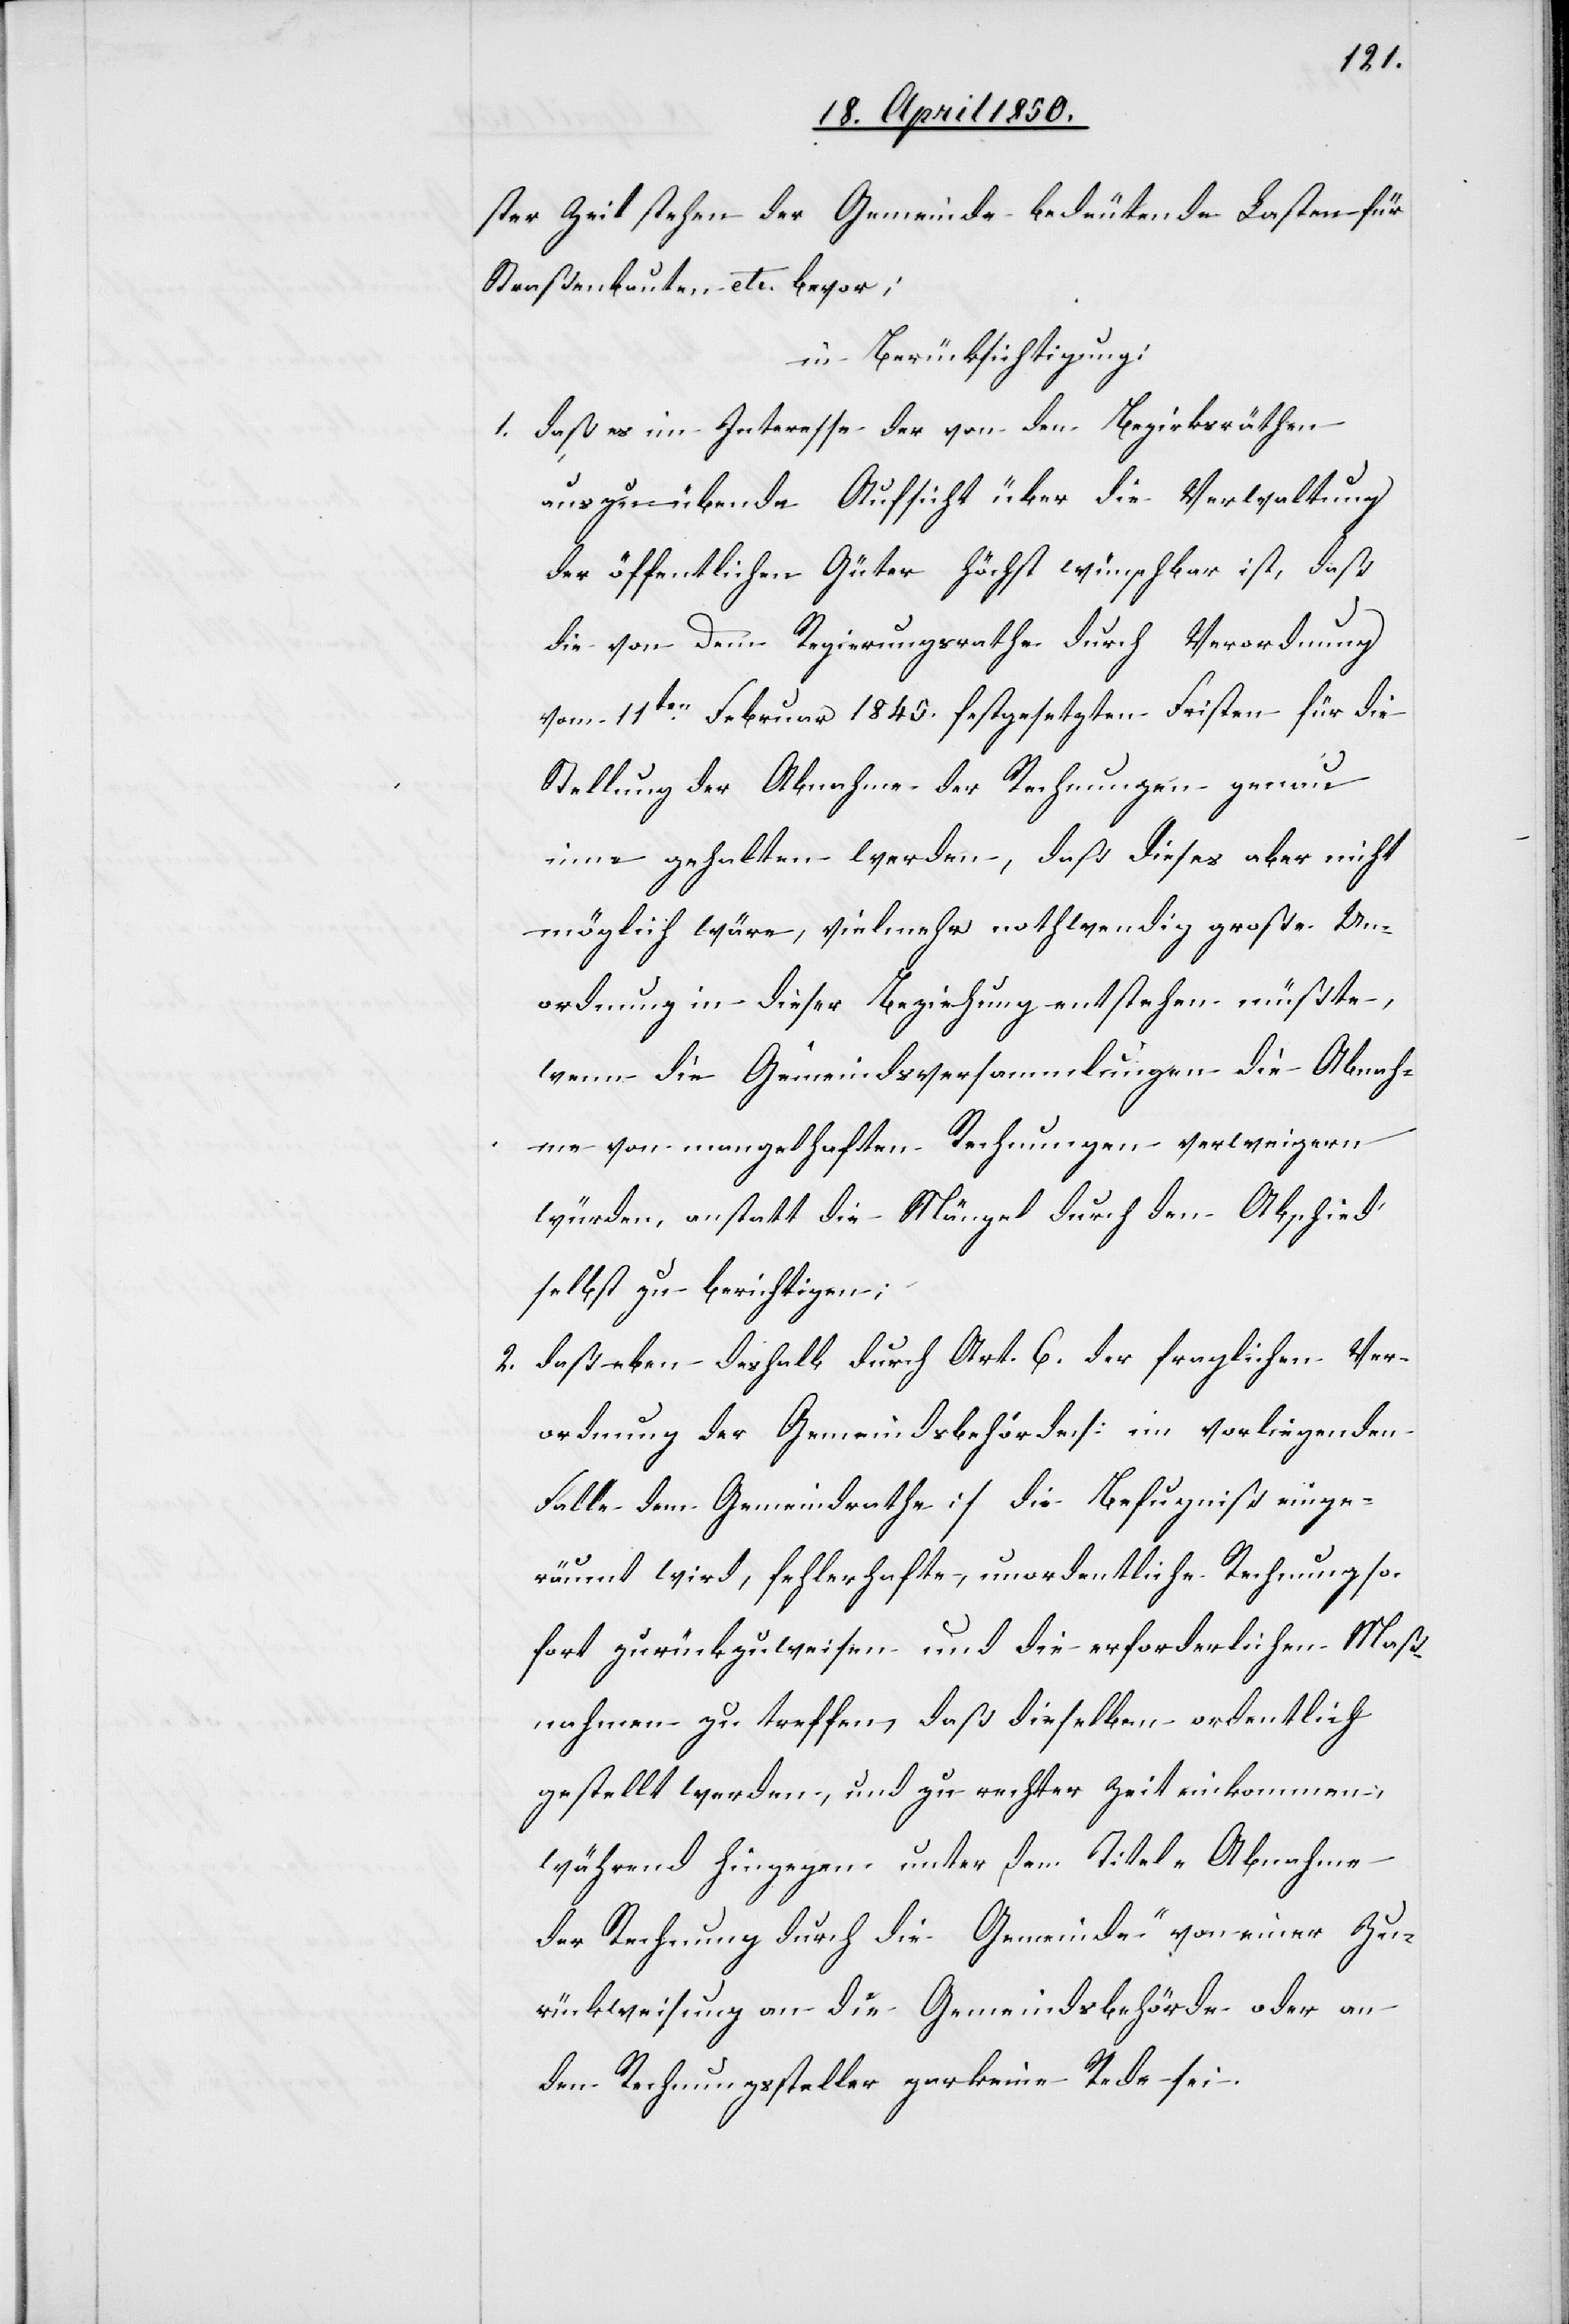
ster Zeit stehen der Gemeinde bedeutende Lasten für
Straßenbauten etc. bevor;
in Berücksichtigung:
1. daß es im Interesse der von den Bezirksräthen
auszuübend[e]n Aufsicht über die Verwaltung
der öffentlichen Güter höchst wünschbar ist, daß
die von dem Regierungsrathe durch Verordnung
vom 11ten Februar 1845. festgesetzten Fristen für die
Stellung der Abnahme der Rechnungen genau
inne gehalten werden, daß dieses aber nicht
möglich wäre, vielmehr nothwendig große Un¬
ordnung in dieser Beziehung entstehen müßte,
wenn die Gemeindsversammlungen die Abnah¬
me von mangelhaften Rechnungen verweigern
würden, anstatt die Mängel durch den Abschied
selbst zu berichtigen;
2. daß eben deshalb durch Art. 6. der fraglichen Ver¬
ordnung der Gemeindsbehörde [im vorliegenden
Falle dem Gemeindrathe] die Befugniß einge¬
räumt wird, fehlerhafte, unordentliche Rechnung so¬
fort zurückzuweisen und die erforderlichen Maß¬
nahmen zu treffen, daß dieselben ordentlich
gestellt werden, und zu rechter Zeit einkommen,
während hingegen unter dem Titel „Abnahme
der Rechnung durch die Gemeinde“ von einer Zu¬
rückweisung an die Gemeindsbehörde oder an
den Rechnungssteller gar keine Rede sei.